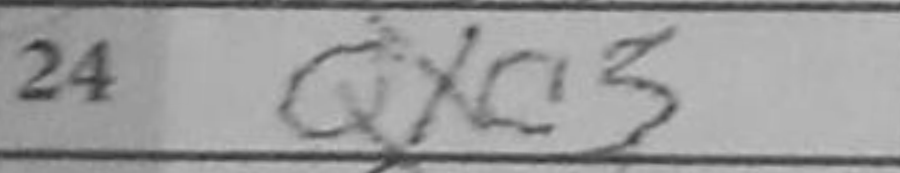
Transcription: Qxc3